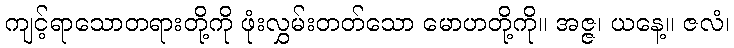
ကျင့်ရာသောတရားတို့ကို ဖုံးလွှမ်းတတ်သော မောဟတို့ကို။ အဇ္ဇ၊ ယနေ့။ ဇလံ၊